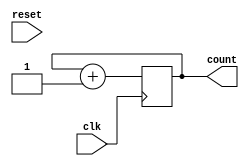
`timescale 1 ns / 100 ps 

module always_example(clk, count, reset);
	input clk;
	input reset;
	output [31:0] count;
	reg [31:0] count;
   
   always @ (posedge clk)
	begin
		count <= #1 count + 1;
		$display("count L%d", $signed(count));
	end


initial begin
	count <=0;
	end

endmodule